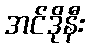
အင်ဒိုနီး